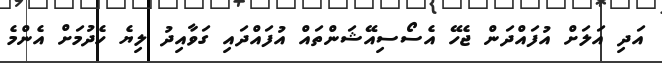
އަދި އަލަށް އުފައްދަން ޖެހޭ އެސޯސިއޭޝަންތައް އުފައްދައި ގަވާއިދު ލިޔެ ހެދުމަށް އެންމެ